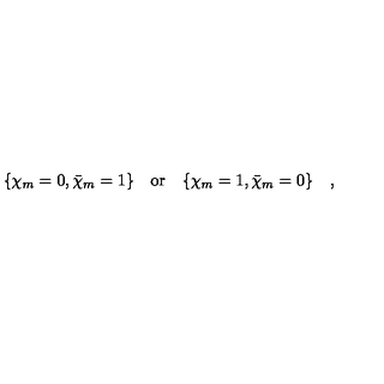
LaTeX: \{ \chi _ { m } = 0 , \bar { \chi } _ { m } = 1 \} \quad { \mathrm { o r } } \quad \{ \chi _ { m } = 1 , \bar { \chi } _ { m } = 0 \} \quad ,